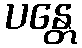
ပန္တေ